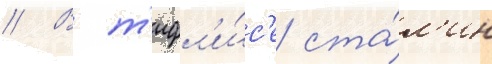
// В т'ифл'и́с'е ста́л'ин